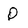
Character: O